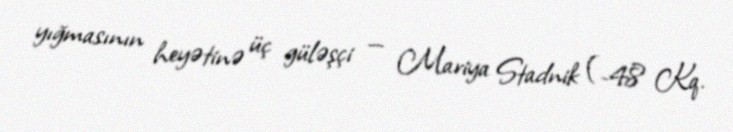
yığmasının heyətinə üç güləşçi — Mariya Stadnik (-48 Kq.